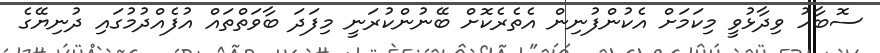
ސޮބާހު ވިދާޅުވީ މިކަމަށް އެކުންފުނިން އެތެރެކޮށް ބޭނުންކުރަނީ މިފަދަ ބާވަތްތައް އުފެއްދުމުގައި ދުނިޔޭގެ